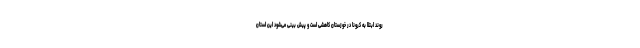
روند ابتلا به کرونا در خوزستان کاهشی است و پیش بینی می‌شود این استان